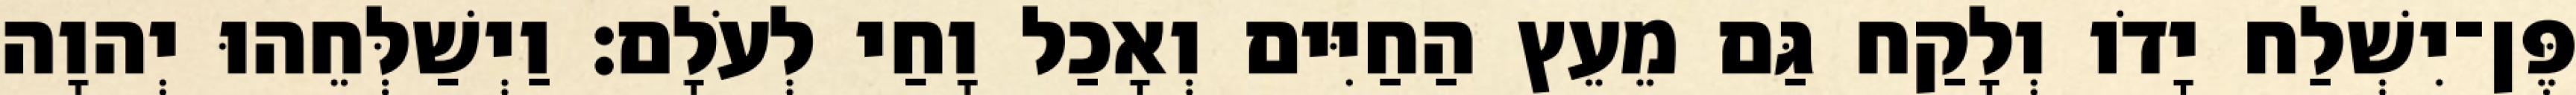
פֶּן־יִשְׁלַח יָדֹו וְלָקַח גַּם מֵעֵץ הַחַיִּים וְאָכַל וָחַי לְעֹלָם׃ וַיְשַׁלְּחֵהוּ יְהוָה